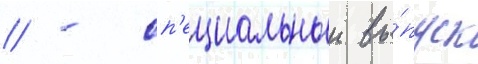
// - сп'ециальныи вы́пуск